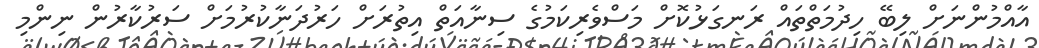
އާއްމުންނަށް ލިބޭ ހިދުމަތްތައް ރަނގަޅުކޮށް މަސްވެރިކަމުގެ ސިނާއަތް އިތުރަށް ހަރުދަނާކުރުމަށް ސަރުކާރުން ނިންމި